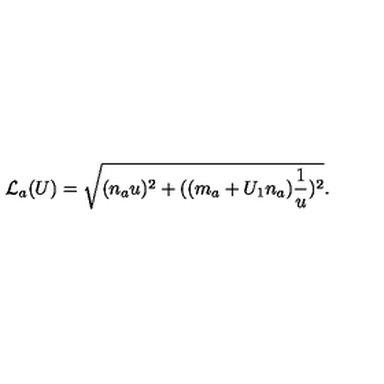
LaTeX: { \cal L } _ { a } ( U ) = \sqrt { ( n _ { a } u ) ^ { 2 } + ( ( m _ { a } + U _ { 1 } n _ { a } ) \frac { 1 } { u } ) ^ { 2 } } . \nonumber